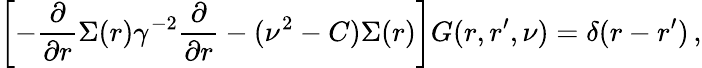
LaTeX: \left[-\frac{\partial}{\partial r}\Sigma(r)\gamma^{-2}\frac{\partial}{\partial r}-(\nu^{2}-C)\Sigma(r)\right]G(r,r^{\prime},\nu)=\delta(r-r^{\prime})\, ,